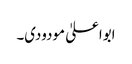
ابواعلیٰ مودودی۔